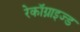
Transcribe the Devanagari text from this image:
रेकॉग्नाइज्ड